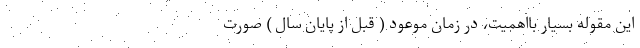
این مقوله بسیار بااهمیت، در زمان موعود ( قبل از پایان سال ) صورت